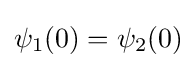
\psi _{1}(0)=\psi _{2}(0)